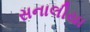
સનાલીયા